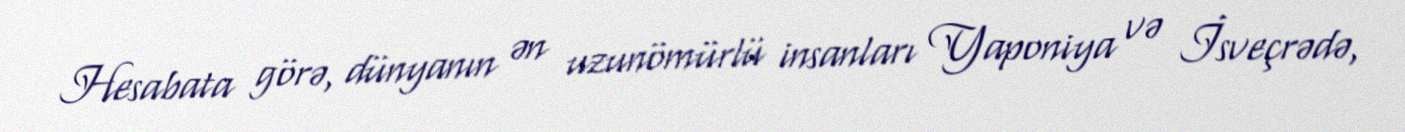
Hesabata görə, dünyanın ən uzunömürlü insanları Yaponiya və İsveçrədə,